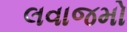
લવાજમો